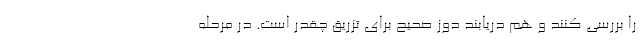
را بررسی کنند و هم دریابند دوز صحیح برای تزریق چقدر است. در مرحله